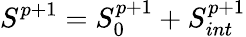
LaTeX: S^{p+1}=S_{0}^{p+1}+S_{int}^{p+1}